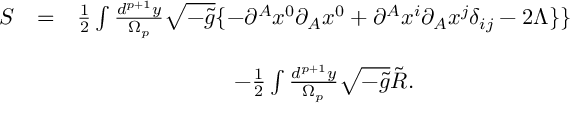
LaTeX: \begin{array} { c c c } { { S } } & { { = } } & { { \frac 1 2 \int \frac { d ^ { p + 1 } y } { \Omega _ { p } } \sqrt { - \tilde { g } } \{ - \partial ^ { A } x ^ { 0 } \partial _ { A } x ^ { 0 } + \partial ^ { A } x ^ { i } \partial _ { A } x ^ { j } \delta _ { i j } - 2 \Lambda \} \} } } \\ { { } } & { { } } & { { } } \\ { { } } & { { } } & { { - \frac 1 2 \int \frac { d ^ { p + 1 } y } { \Omega _ { p } } \sqrt { - \tilde { g } } \tilde { R } . } } \end{array}